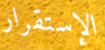
الإستقرار